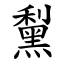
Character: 䵩